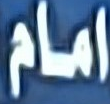
امام